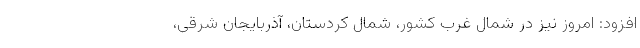
افزود: امروز نیز در شمال غرب کشور، شمال کردستان، آذربایجان شرقی،